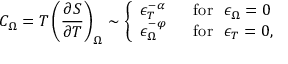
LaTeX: C _ { \Omega } = T \left( \frac { \partial S } { \partial T } \right) _ { \Omega } \sim \left\{ \begin{array} { l l } { { \epsilon _ { T } ^ { - \alpha } } } & { { \ \ \mathrm { f o r } \ \ \epsilon _ { \Omega } = 0 } } \\ { { \epsilon _ { \Omega } ^ { - \varphi } } } & { { \ \ \mathrm { f o r } \ \ \epsilon _ { T } = 0 , } } \end{array} \right.